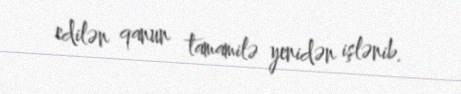
edilən qanun tamamilə yenidən işlənib.